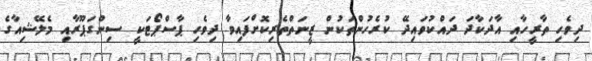
ދިވެހި ތާރީހާއި އާދަކާދަ ދައްކުވައިދޭ ކުރެހުންތަކުން ޒީނަތްތެރިކޮށްފައިވާ ދިވެހި ޕާސްޕޯޓަކީ ސިންގަޕޫރާއި މެލޭޝިއާގެ